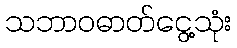
သဘာဝဓာတ်ငွေ့သုံး